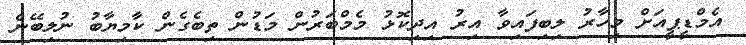
އެމްޑީޕީއަށް މިހާރު ލިބިފައިވާ އިރު އިދިކޮޅު މެމްބަރުން މަޑުން ތިބެގެން ކާމިޔާބު ނުލިބޭނެ